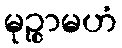
မုဉ္စာမဟံ